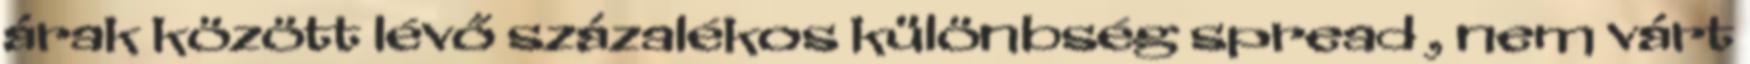
árak között lévő százalékos különbség spread , nem várt